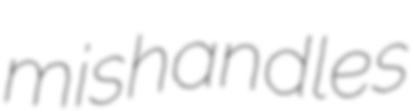
mishandles